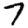
Digit: 7